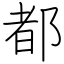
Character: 都